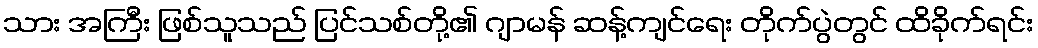
သား အကြီး ဖြစ်သူသည် ပြင်သစ်တို့၏ ဂျာမန် ဆန့်ကျင်ရေး တိုက်ပွဲတွင် ထိခိုက်ရင်း